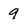
Character: 9